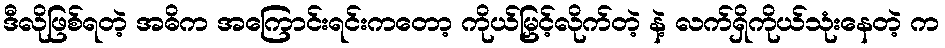
ဒီလိုဖြစ်ရတဲ့ အဓိက အကြောင်းရင်းကတော့ ကိုယ်မြှင့်လိုက်တဲ့ နဲ့ လက်ရှိကိုယ်သုံးနေတဲ့ က